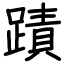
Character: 蹟